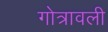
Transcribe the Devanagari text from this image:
गोत्रावली